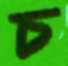
চ